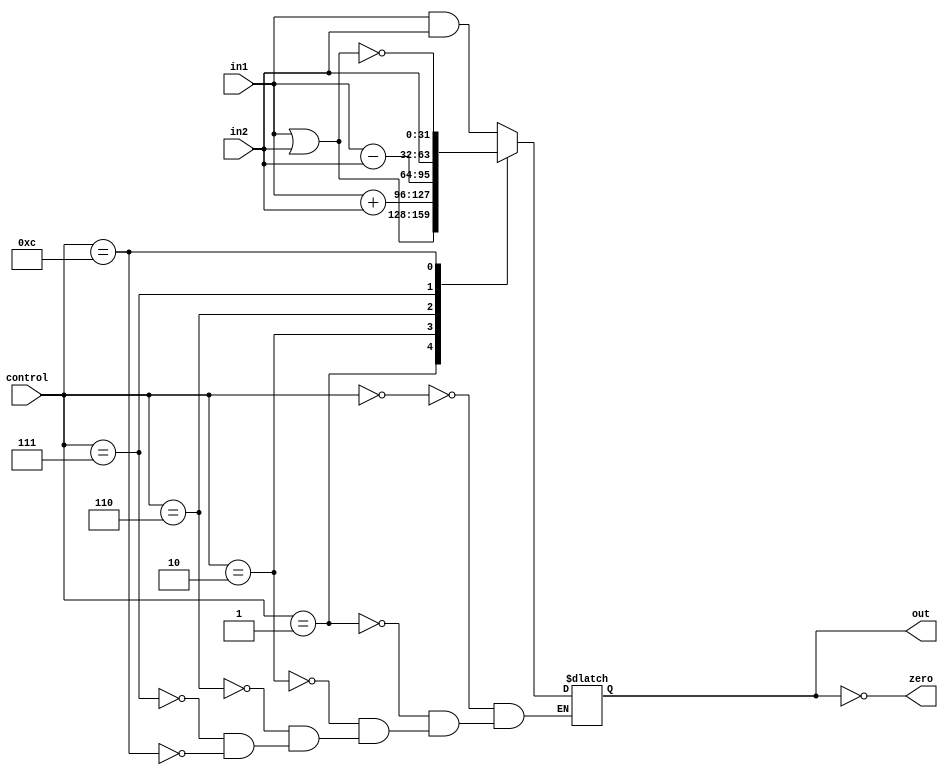
`timescale 1ns / 1ps
module ALU(in1, in2, control, zero, out);
	input [31:0] in1;
	input [31:0] in2;
	input [3:0] control;
	output zero;
	output reg [31:0]out;

	always @(control or in1 or in2) begin
	case (control)
		4'b0000 : out = in1 & in2;
		4'b0001 : out = in1 | in2;
		4'b0010 : out = in1 + in2;
		4'b0110 : out = in1 - in2;
		4'b0111 : out = in2;
		4'b1100 : out = ~(in1 | in2);
			endcase
	end
	assign zero=(out==0);
endmodule